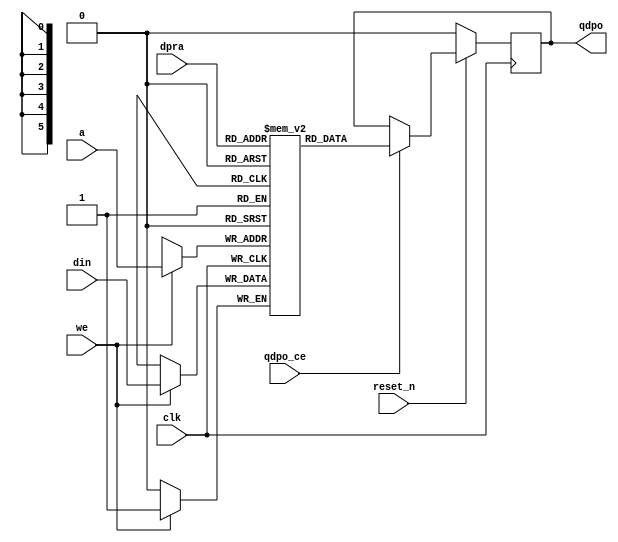
// *!***************************************************************************
// *! Copyright 2019 International Business Machines
// *!
// *! Licensed under the Apache License, Version 2.0 (the "License");
// *! you may not use this file except in compliance with the License.
// *! You may obtain a copy of the License at
// *! http://www.apache.org/licenses/LICENSE-2.0 
// *!
// *! The patent license granted to you in Section 3 of the License, as applied
// *! to the "Work," hereby includes implementations of the Work in physical form.  
// *!
// *! Unless required by applicable law or agreed to in writing, the reference design
// *! distributed under the License is distributed on an "AS IS" BASIS,
// *! WITHOUT WARRANTIES OR CONDITIONS OF ANY KIND, either express or implied.
// *! See the License for the specific language governing permissions and
// *! limitations under the License.
// *! 
// *! The background Specification upon which this is based is managed by and available from
// *! the OpenCAPI Consortium.  More information can be found at https://opencapi.org. 
// *!***************************************************************************
`timescale 1ns / 1ps
//////////////////////////////////////////////////////////////////////////////////
// Company: 
// Engineer: 
// 
// Design Name: 
// Module Name: bram_syn_test
// Project Name: 
// Target Devices: 
// Tool Versions: 
// Description: 
// 
// Dependencies: 
// 
// Revision:
// Revision 0.01 - File Created
// Additional Comments:
// 
//////////////////////////////////////////////////////////////////////////////////


module bram_syn_test(a, dpra, clk, din, we, qdpo_ce, qdpo, reset_n);

	parameter ADDRESSWIDTH = 6;
	parameter BITWIDTH     = 1;
	parameter DEPTH       = 34;

	input clk, we, qdpo_ce;
	input reset_n;
	input [BITWIDTH-1:0] din;
	input [ADDRESSWIDTH-1:0] a, dpra;

	output [BITWIDTH-1:0] qdpo;

	// (* ram_style = "distributed", ARRAY_UPDATE="RW"*)
        (* ram_style="block" *)   
	reg [BITWIDTH-1:0] ram [DEPTH-1:0];
	reg [BITWIDTH-1:0] qdpo_reg;

	always @(posedge clk) begin
		if      (we)           begin    ram [a] <= din;    end

		if      (!reset_n)     begin    qdpo_reg <= {BITWIDTH{1'b0}};  end
		else if (qdpo_ce)      begin    qdpo_reg <= ram[dpra];         end  // read
	end

	assign qdpo = qdpo_reg;

endmodule